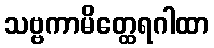
သဗ္ဗကာမိတ္ထေရဂါထာ